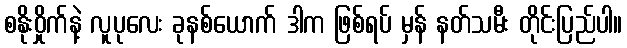
စနိုးဝှိုက်နဲ့ လူပုလေး ခုနစ်ယောက် ဒါက ဖြစ်ရပ် မှန် နတ်သမီး တိုင်းပြည်ပါ။